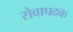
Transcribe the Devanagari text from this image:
सेवापदक